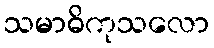
သမာဓိကုသလော